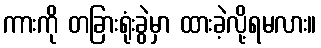
ကားကို တခြားရုံးခွဲမှာ ထားခဲ့လို့ရမလား။